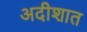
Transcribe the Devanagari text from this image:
अदीशात